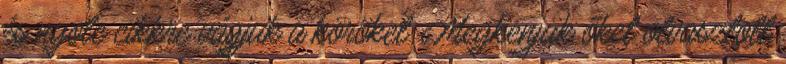
és nyolc cikkre vágjuk a köröket. Megkenjük őket olvasztott